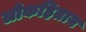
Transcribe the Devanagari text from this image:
लोकहिताय